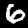
Label: 6